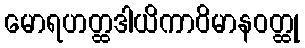
မောရဟတ္ထဒါယိကာဝိမာနဝတ္ထု